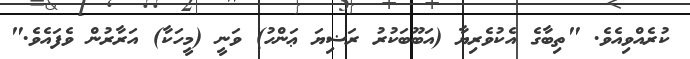
ކުރެއްވިއެވެ. "ތިބާގެ އެކުވެރިޔާ (އަބޫބަކުރު ރަޟިޔަ ޢަންހު) ވަނީ (މީހަކާ) އަރާރުން ވެފައެވެ."